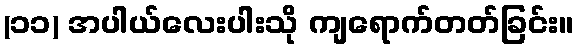
(၁၁) အပါယ်လေးပါးသို ကျရောက်တတ်ခြင်း။